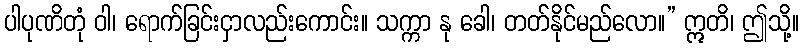
ပါပုဏိတုံ ဝါ၊ ရောက်ခြင်းငှာလည်းကောင်း။ သက္ကာ နု ခေါ၊ တတ်နိုင်မည်လော။” ဣတိ၊ ဤသို့။